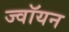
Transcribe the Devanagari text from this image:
ज्वॉयन